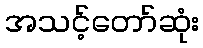
အသင့်တော်ဆုံး